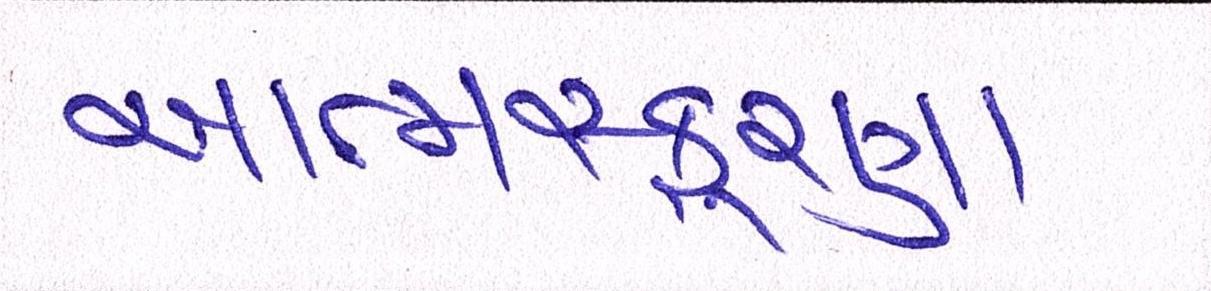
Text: આત્મસ્ફૂરણા